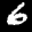
Label: 6